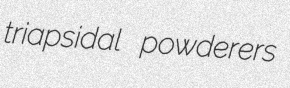
triapsidal powderers